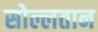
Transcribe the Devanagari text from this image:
सोल्लतान